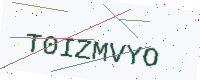
Text: T0IZMVYO